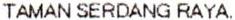
TAMAN SERDANG RAYA.